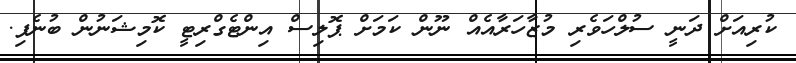
ކުރިއަށް ދަނީ ސުލްހަވެރި މުޒާހަރާއެއް ނޫން ކަމަށް ޕޮލިސް އިންޓެގްރިޓީ ކޮމިޝަނުން ބުނެފި.